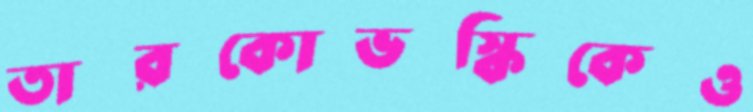
তারকোভস্কিকেও